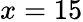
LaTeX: x=15